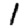
Digit: 1